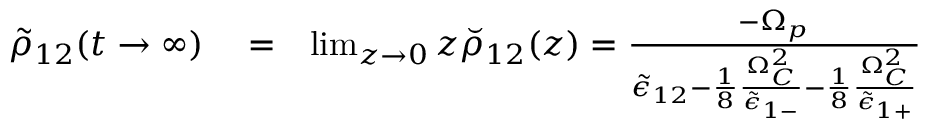
\begin{array} { r l r } { \tilde { \rho } _ { 1 2 } ( t \rightarrow \infty ) } & { { } = } & { \operatorname* { l i m } _ { z \rightarrow 0 } z \breve { \rho } _ { 1 2 } ( z ) = \frac { - \Omega _ { p } } { \tilde { \epsilon } _ { 1 2 } - \frac { 1 } { 8 } \frac { \Omega _ { C } ^ { 2 } } { \tilde { \epsilon } _ { 1 - } } - \frac { 1 } { 8 } \frac { \Omega _ { C } ^ { 2 } } { \tilde { \epsilon } _ { 1 + } } } } \end{array}